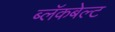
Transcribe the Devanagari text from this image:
ब्लॅकबेल्ट